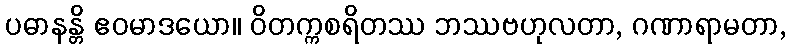
ပဓာနန္တိ ဧဝမာဒယော။ ဝိတက္ကစရိတဿ ဘဿဗဟုလတာ, ဂဏာရာမတာ,